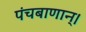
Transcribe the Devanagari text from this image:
पंचबाणान्‌।